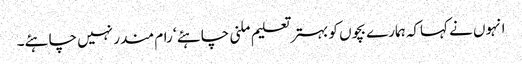
انہوں نے کہاکہ ہمارے بچوں کو بہتر تعلیم ملنی چاہئے ‘ رام مندر نہیں چاہئے۔